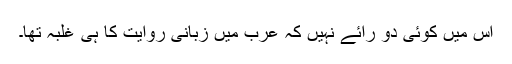
اس میں کوئی دو رائے نہیں کہ عرب میں زبانی روایت کا ہی غلبہ تھا۔